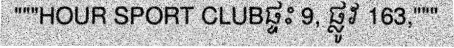
"""HOUR SPORT CLUBផ្ទះ 9, ផ្លូវ 163,"""